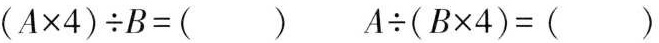
$$(A × 4) \div B = ()$$ $$A \div (B x 4) = ()$$